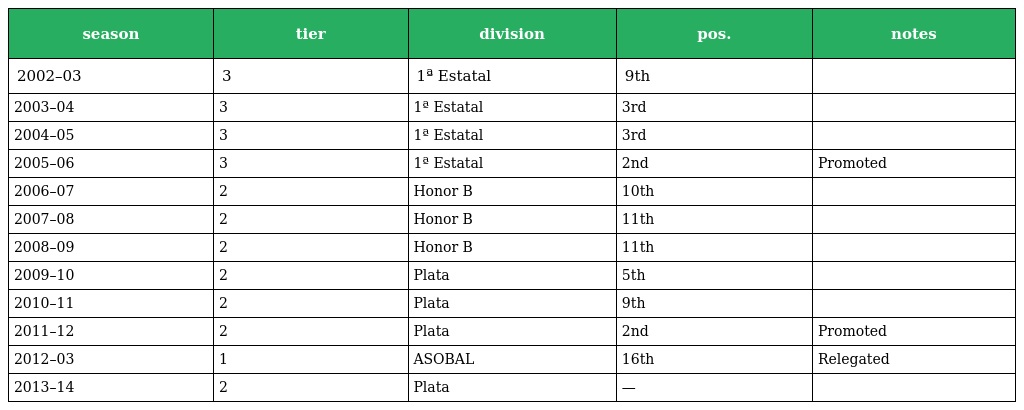
| season | tier | division | pos. | notes |
 | --- | --- | --- | --- | --- |
 | 2002–03 | 3 | 1ª Estatal | 9th |  |
 | 2003–04 | 3 | 1ª Estatal | 3rd |  |
 | 2004–05 | 3 | 1ª Estatal | 3rd |  |
 | 2005–06 | 3 | 1ª Estatal | 2nd | Promoted |
 | 2006–07 | 2 | Honor B | 10th |  |
 | 2007–08 | 2 | Honor B | 11th |  |
 | 2008–09 | 2 | Honor B | 11th |  |
 | 2009–10 | 2 | Plata | 5th |  |
 | 2010–11 | 2 | Plata | 9th |  |
 | 2011–12 | 2 | Plata | 2nd | Promoted |
 | 2012–03 | 1 | ASOBAL | 16th | Relegated |
 | 2013–14 | 2 | Plata | — |  |